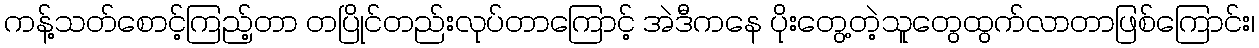
ကန့်သတ်စောင့်ကြည့်တာ တပြိုင်တည်းလုပ်တာကြောင့် အဲဒီကနေ ပိုးတွေ့တဲ့သူတွေထွက်လာတာဖြစ်ကြောင်း၊